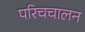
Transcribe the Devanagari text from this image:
परिचचालन